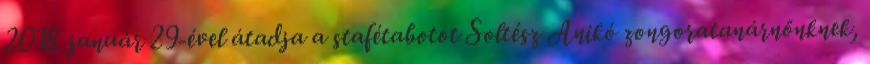
2018. január 29-ével átadja a stafétabotot Soltész Anikó zongoratanárnőnknek,